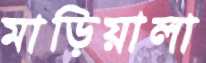
মাড়িয়ালা